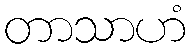
တာသာဟံ